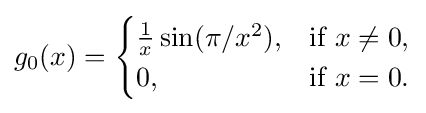
{\textstyle g_{0}(x)={\begin{cases}{\frac {1}{x}}\sin(\pi /x^{2}),&{\text{if }}x\neq 0,\\0,&{\text{if }}x=0.\end{cases}}}